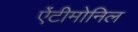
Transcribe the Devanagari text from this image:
ऐंटीमोनिल